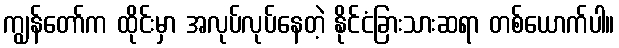
ကျွန်တော်က ထိုင်းမှာ အလုပ်လုပ်နေတဲ့ နိုင်ငံခြားသားဆရာ တစ်ယောက်ပါ။